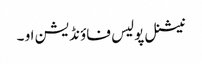
نیشنل پولیس فاؤنڈیشن او ۔